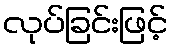
လုပ်ခြင်းဖြင့်